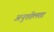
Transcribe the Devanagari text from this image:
अनुशीलता